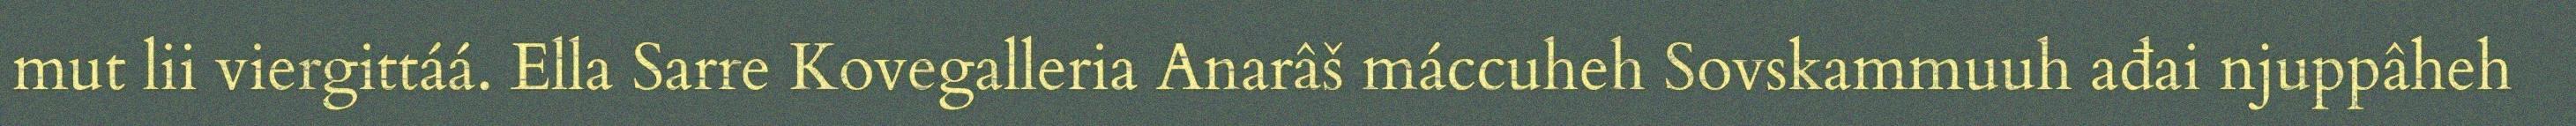
mut lii viergittáá. Ella Sarre Kovegalleria Anarâš máccuheh Sovskammuuh ađai njuppâheh